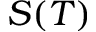
S ( T )